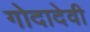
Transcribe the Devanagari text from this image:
गोदादेवी